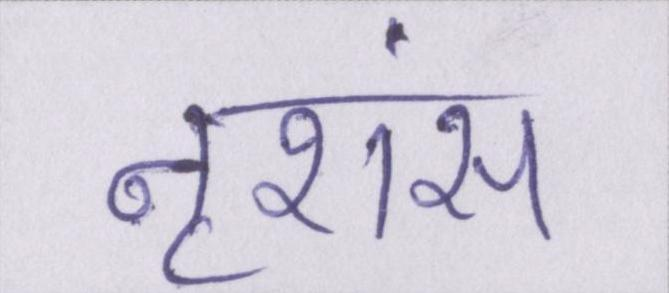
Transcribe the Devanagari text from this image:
नृशंस